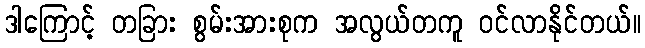
ဒါကြောင့် တခြား စွမ်းအားစုက အလွယ်တကူ ဝင်လာနိုင်တယ်။